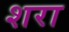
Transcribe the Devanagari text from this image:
शरा